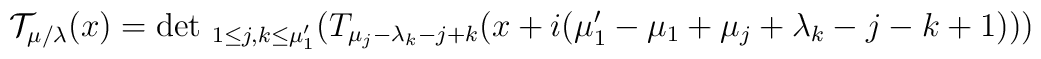
{\cal T}_{\mu/\lambda}(x) =  \hbox{det }_{1\le j,k\le \mu_1'}          ( T_{\mu_j-\lambda_k-j+k}             (x+i(\mu_1' -\mu_1+\mu_j+\lambda_k-j-k+1)) )